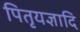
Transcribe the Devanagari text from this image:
पितृयज्ञादि